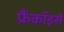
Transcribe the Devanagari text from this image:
फ्रैंकॉइसे